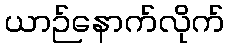
ယာဉ်နောက်လိုက်